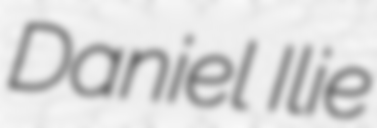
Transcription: Daniel Ilie